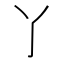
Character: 𬼸